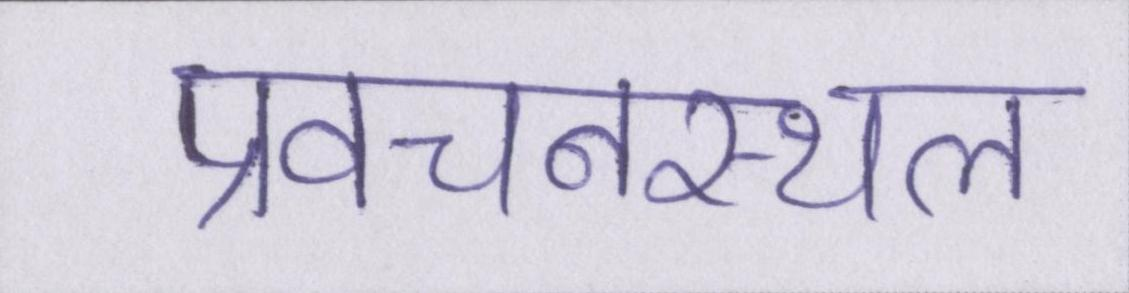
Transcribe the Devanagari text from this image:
प्रवचनस्थल